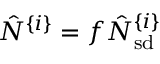
\hat { N } ^ { \{ i \} } = f \hat { N } _ { \mathrm { s d } } ^ { \{ i \} }